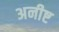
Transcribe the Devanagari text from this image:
अनीष्ट